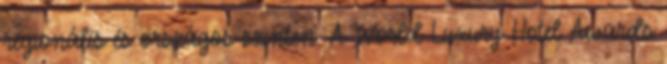
regionális és országos szinten. A World Luxury Hotel ­­­Awards